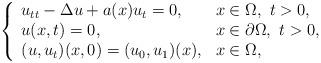
LaTeX: \begin{align*}\left\{\begin{array}{ll}u_{tt}-\Delta u + a(x)u_t = 0,& x\in \Omega,\ t>0,\\u(x,t)=0,&x\in \partial \Omega, \ t>0,\\(u,u_t)(x,0) = (u_0, u_1)(x),&x\in \Omega,\end{array}\right.\end{align*}